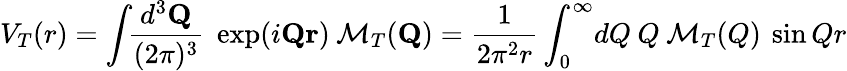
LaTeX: V_{T}(r)=\int{\! \! {\frac{d^{3}{\mathbf Q}}{(2\pi)^{3}}}\; \exp(i{\mathbf Q}{\mathbf r})\: {\cal M}_{T}({\mathbf Q})}={\frac{1}{2\pi^{2}r}}\int_{0}^{\infty}\! dQ\: Q\: {\cal M}_{T}(Q)\: \sin Qr